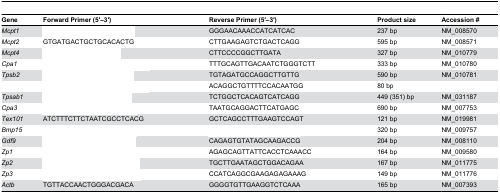
<table><thead><tr><td><b>Gene</b></td><td><b>Forward Primer (5′–3′)</b></td><td><b>Reverse Primer (5′–3′)</b></td><td><b>Product size</b></td><td><b>Accession #</b></td></tr></thead><tbody><tr><td><i>Mcpt1</i></td><td>[EMPTY_CELL]</td><td>GGGAACAAACCATCATCAC</td><td>237 bp</td><td>NM_008570</td></tr><tr><td><i>Mcpt2</i></td><td>GTGATGACTGCTGCACACTG</td><td>CTTGAAGAGTCTGACTCAGG</td><td>595 bp</td><td>NM_008571</td></tr><tr><td><i>Mcpt4</i></td><td>[EMPTY_CELL]</td><td>CTTCCCCGGCTTGATA</td><td>327 bp</td><td>NM_010779</td></tr><tr><td><i>Cpa1</i></td><td>[EMPTY_CELL]</td><td>TTTGCAGTTGACAATCTGGGTCTT</td><td>333 bp</td><td>NM_010780</td></tr><tr><td><i>Tpsb2</i></td><td>[EMPTY_CELL]</td><td>TGTAGATGCCAGGCTTGTTG</td><td>590 bp</td><td>NM_010781</td></tr><tr><td>[EMPTY_CELL]</td><td>[EMPTY_CELL]</td><td>ACAGGCTGTTTTCCACAATGG</td><td>80 bp</td><td>[EMPTY_CELL]</td></tr><tr><td><i>Tpsab1</i></td><td>[EMPTY_CELL]</td><td>TCTGGCTCACAGTCATCAGG</td><td>449 (351) bp</td><td>NM_031187</td></tr><tr><td><i>Cpa3</i></td><td>[EMPTY_CELL]</td><td>TAATGCAGGACTTCATGAGC</td><td>690 bp</td><td>NM_007753</td></tr><tr><td><i>Tex101</i></td><td>ATCTTTCTTCTAATCGCCTCACG</td><td>GCTCAGCCTTTGAAGTCCAGT</td><td>121 bp</td><td>NM_019981</td></tr><tr><td><i>Bmp15</i></td><td>[EMPTY_CELL]</td><td>[EMPTY_CELL]</td><td>320 bp</td><td>NM_009757</td></tr><tr><td><i>Gdf9</i></td><td>[EMPTY_CELL]</td><td>CAGAGTGTATAGCAAGACCG</td><td>204 bp</td><td>NM_008110</td></tr><tr><td><i>Zp1</i></td><td>[EMPTY_CELL]</td><td>AGAGCAGTTATTCACCTCAAACC</td><td>164 bp</td><td>NM_009580</td></tr><tr><td><i>Zp2</i></td><td>[EMPTY_CELL]</td><td>TGCTTGAATAGCTGGACAGAA</td><td>167 bp</td><td>NM_011775</td></tr><tr><td><i>Zp3</i></td><td>[EMPTY_CELL]</td><td>CCATCAGGCGAAGAGAGAAAG</td><td>149 bp</td><td>NM_011776</td></tr><tr><td><i>Actb</i></td><td>TGTTACCAACTGGGACGACA</td><td>GGGGTGTTGAAGGTCTCAAA</td><td>165 bp</td><td>NM_007393</td></tr></tbody></table>